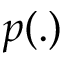
p ( . )